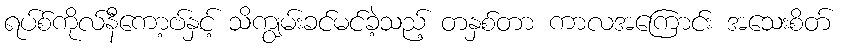
ရပ်စ်ကိုလ်နီကော့ဗ်နှင့် သိကျွမ်းခင်မင်ခဲ့သည့် တနှစ်တာ ကာလအကြောင်း အသေးစိတ်